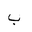
Letter: _ba